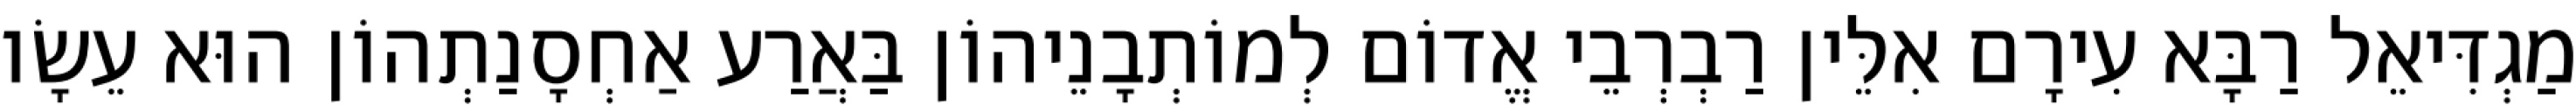
מַגְדִּיאֵל רַבָּא עִירָם אִלֵּין רַבְרְבֵי אֱדוֹם לְמוֹתְבָנֵיהוֹן בַּאֲרַע אַחְסָנַתְהוֹן הוּא עֵשָׂו